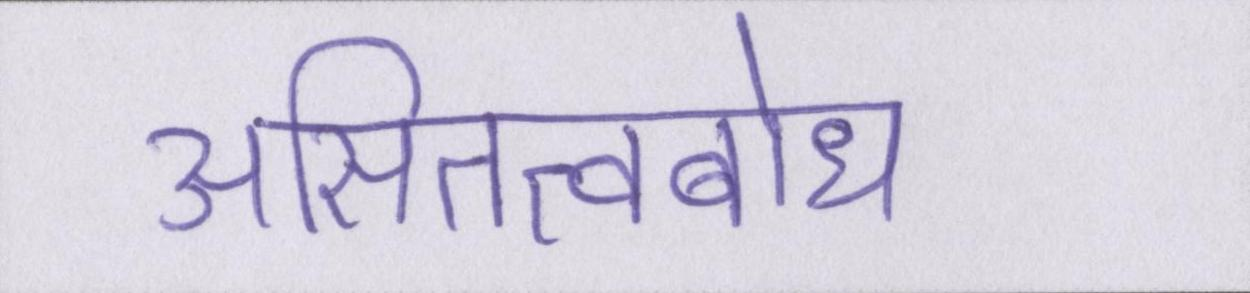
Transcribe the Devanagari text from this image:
असितत्वबोध